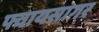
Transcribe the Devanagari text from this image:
फ्वायसागर